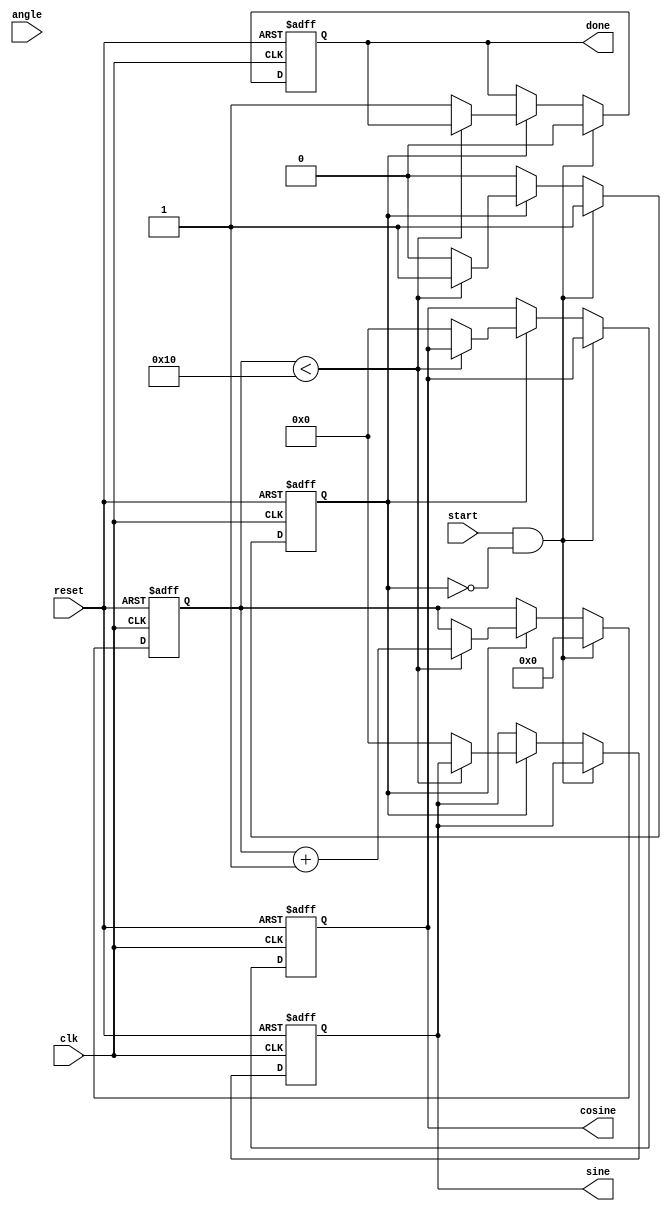
module cordic(
    input wire clk,
    input wire reset,
    input wire [15:0] angle, // Input angle in fixed-point format (16-bit)
    input wire start,
    output reg [15:0] sine,   // Output sine value
    output reg [15:0] cosine, // Output cosine value
    output reg done           // Operation done signal
);

    // Parameters
    parameter NUM_ITERATIONS = 16; // Number of iterations for CORDIC
    parameter CORDIC_GAIN = 16'h26DD; // Scaling factor (for 16 iterations)

    // Lookup table for arctangent values
    reg [15:0] atan_table [0:NUM_ITERATIONS-1];
    initial begin
        atan_table[0] = 16'h2000; // atan(2^-0) = /4 in fixed-point
        atan_table[1] = 16'h12D4; // atan(2^-1)
        atan_table[2] = 16'h09FB; // atan(2^-2)
        atan_table[3] = 16'h0519; // atan(2^-3)
        atan_table[4] = 16'h028B; // atan(2^-4)
        atan_table[5] = 16'h0143; // atan(2^-5)
        atan_table[6] = 16'h00A2; // atan(2^-6)
        atan_table[7] = 16'h0051; // atan(2^-7)
        atan_table[8] = 16'h0029; // atan(2^-8)
        atan_table[9] = 16'h0014; // atan(2^-9)
        atan_table[10] = 16'h000A; // atan(2^-10)
        atan_table[11] = 16'h0005; // atan(2^-11)
        atan_table[12] = 16'h0002; // atan(2^-12)
        atan_table[13] = 16'h0001; // atan(2^-13)
        atan_table[14] = 16'h0000; // atan(2^-14)
        atan_table[15] = 16'h0000; // atan(2^-15)
    end

    // Internal registers
    reg [15:0] x, y, z;
    reg [3:0] i;
    reg busy;

    // State machine for CORDIC operation
    always @(posedge clk or posedge reset) begin
        if (reset) begin
            sine <= 16'h0;
            cosine <= 16'h0;
            done <= 0;
            busy <= 0;
            i <= 0;
        end else if (start && !busy) begin
            // Initialize values
            x <= 16'h26DD; // Initial value for cosine (K)
            y <= 16'h0;    // Initial value for sine
            z <= angle;    // Input angle
            i <= 0;
            busy <= 1;
            done <= 0;
        end else if (busy) begin
            // CORDIC iterations
            if (i < NUM_ITERATIONS) begin
                // Rotation logic
                if (z < 0) begin
                    // Counter-clockwise rotation
                    x <= x + (y >>> i);
                    y <= y - (x >>> i);
                    z <= z + atan_table[i];
                end else begin
                    // Clockwise rotation
                    x <= x - (y >>> i);
                    y <= y + (x >>> i);
                    z <= z - atan_table[i];
                end
                i <= i + 1;
            end else begin
                // Final output
                cosine <= x * CORDIC_GAIN >>> 16; // Scale the result
                sine <= y * CORDIC_GAIN >>> 16;   // Scale the result
                done <= 1;
                busy <= 0;
            end
        end
    end
endmodule